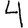
Digit: 4